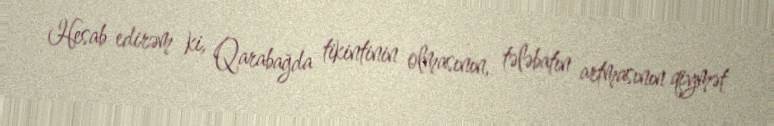
Hesab edirəm ki, Qarabağda tikintinin olmasının, tələbatın artmasının qiymət